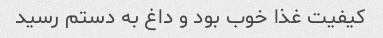
کیفیت غذا خوب بود و داغ به دستم رسید